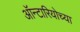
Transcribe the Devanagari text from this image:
ऑन्टारियोच्या